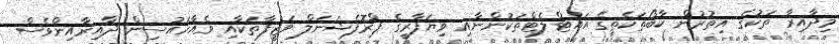
މިދާއިރާ ތަކުގެ އިތުރުން ކާބޯތަކެތީގެ އައުޓްލެޓްތަކުންނާއި ވިޔަފާރީގެ ޕްރޮފެޝަނަލް ވަޒީފާތަކާއި ވެއާހައުސިން ދާއިރާއިންވެސް